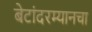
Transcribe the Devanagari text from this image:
बेटांदरम्यानचा